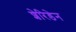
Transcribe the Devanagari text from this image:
शेरिडेन